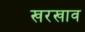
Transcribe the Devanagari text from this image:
खरखाव